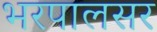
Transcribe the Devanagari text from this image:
भरपालसर